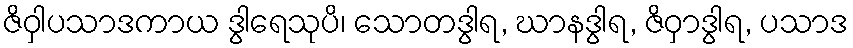
ဇိဝှါပသာဒကာယ ဒွါရေသုပိ၊ သောတဒွါရ, ဃာနဒွါရ, ဇိဝှာဒွါရ, ပသာဒ